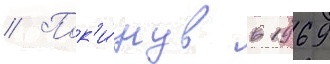
// Пок'и́нув в 1969